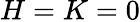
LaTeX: H=K=0